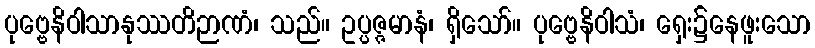
ပုဗ္ဗေနိဝါသာနုဿတိဉာဏံ၊ သည်။ ဥပ္ပဇ္ဇမာနံ၊ ရှိသော်။ ပုဗ္ဗေနိဝါသံ၊ ရှေး၌နေဖူးသော